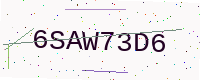
Text: 6SAW73D6